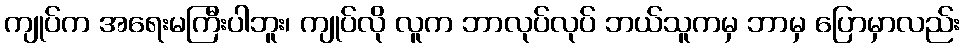
ကျုပ်က အရေးမကြီးပါဘူး၊ ကျုပ်လို လူက ဘာလုပ်လုပ် ဘယ်သူကမှ ဘာမှ ပြောမှာလည်း